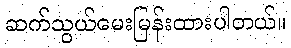
ဆက်သွယ်မေးမြန်းထားပါတယ်။